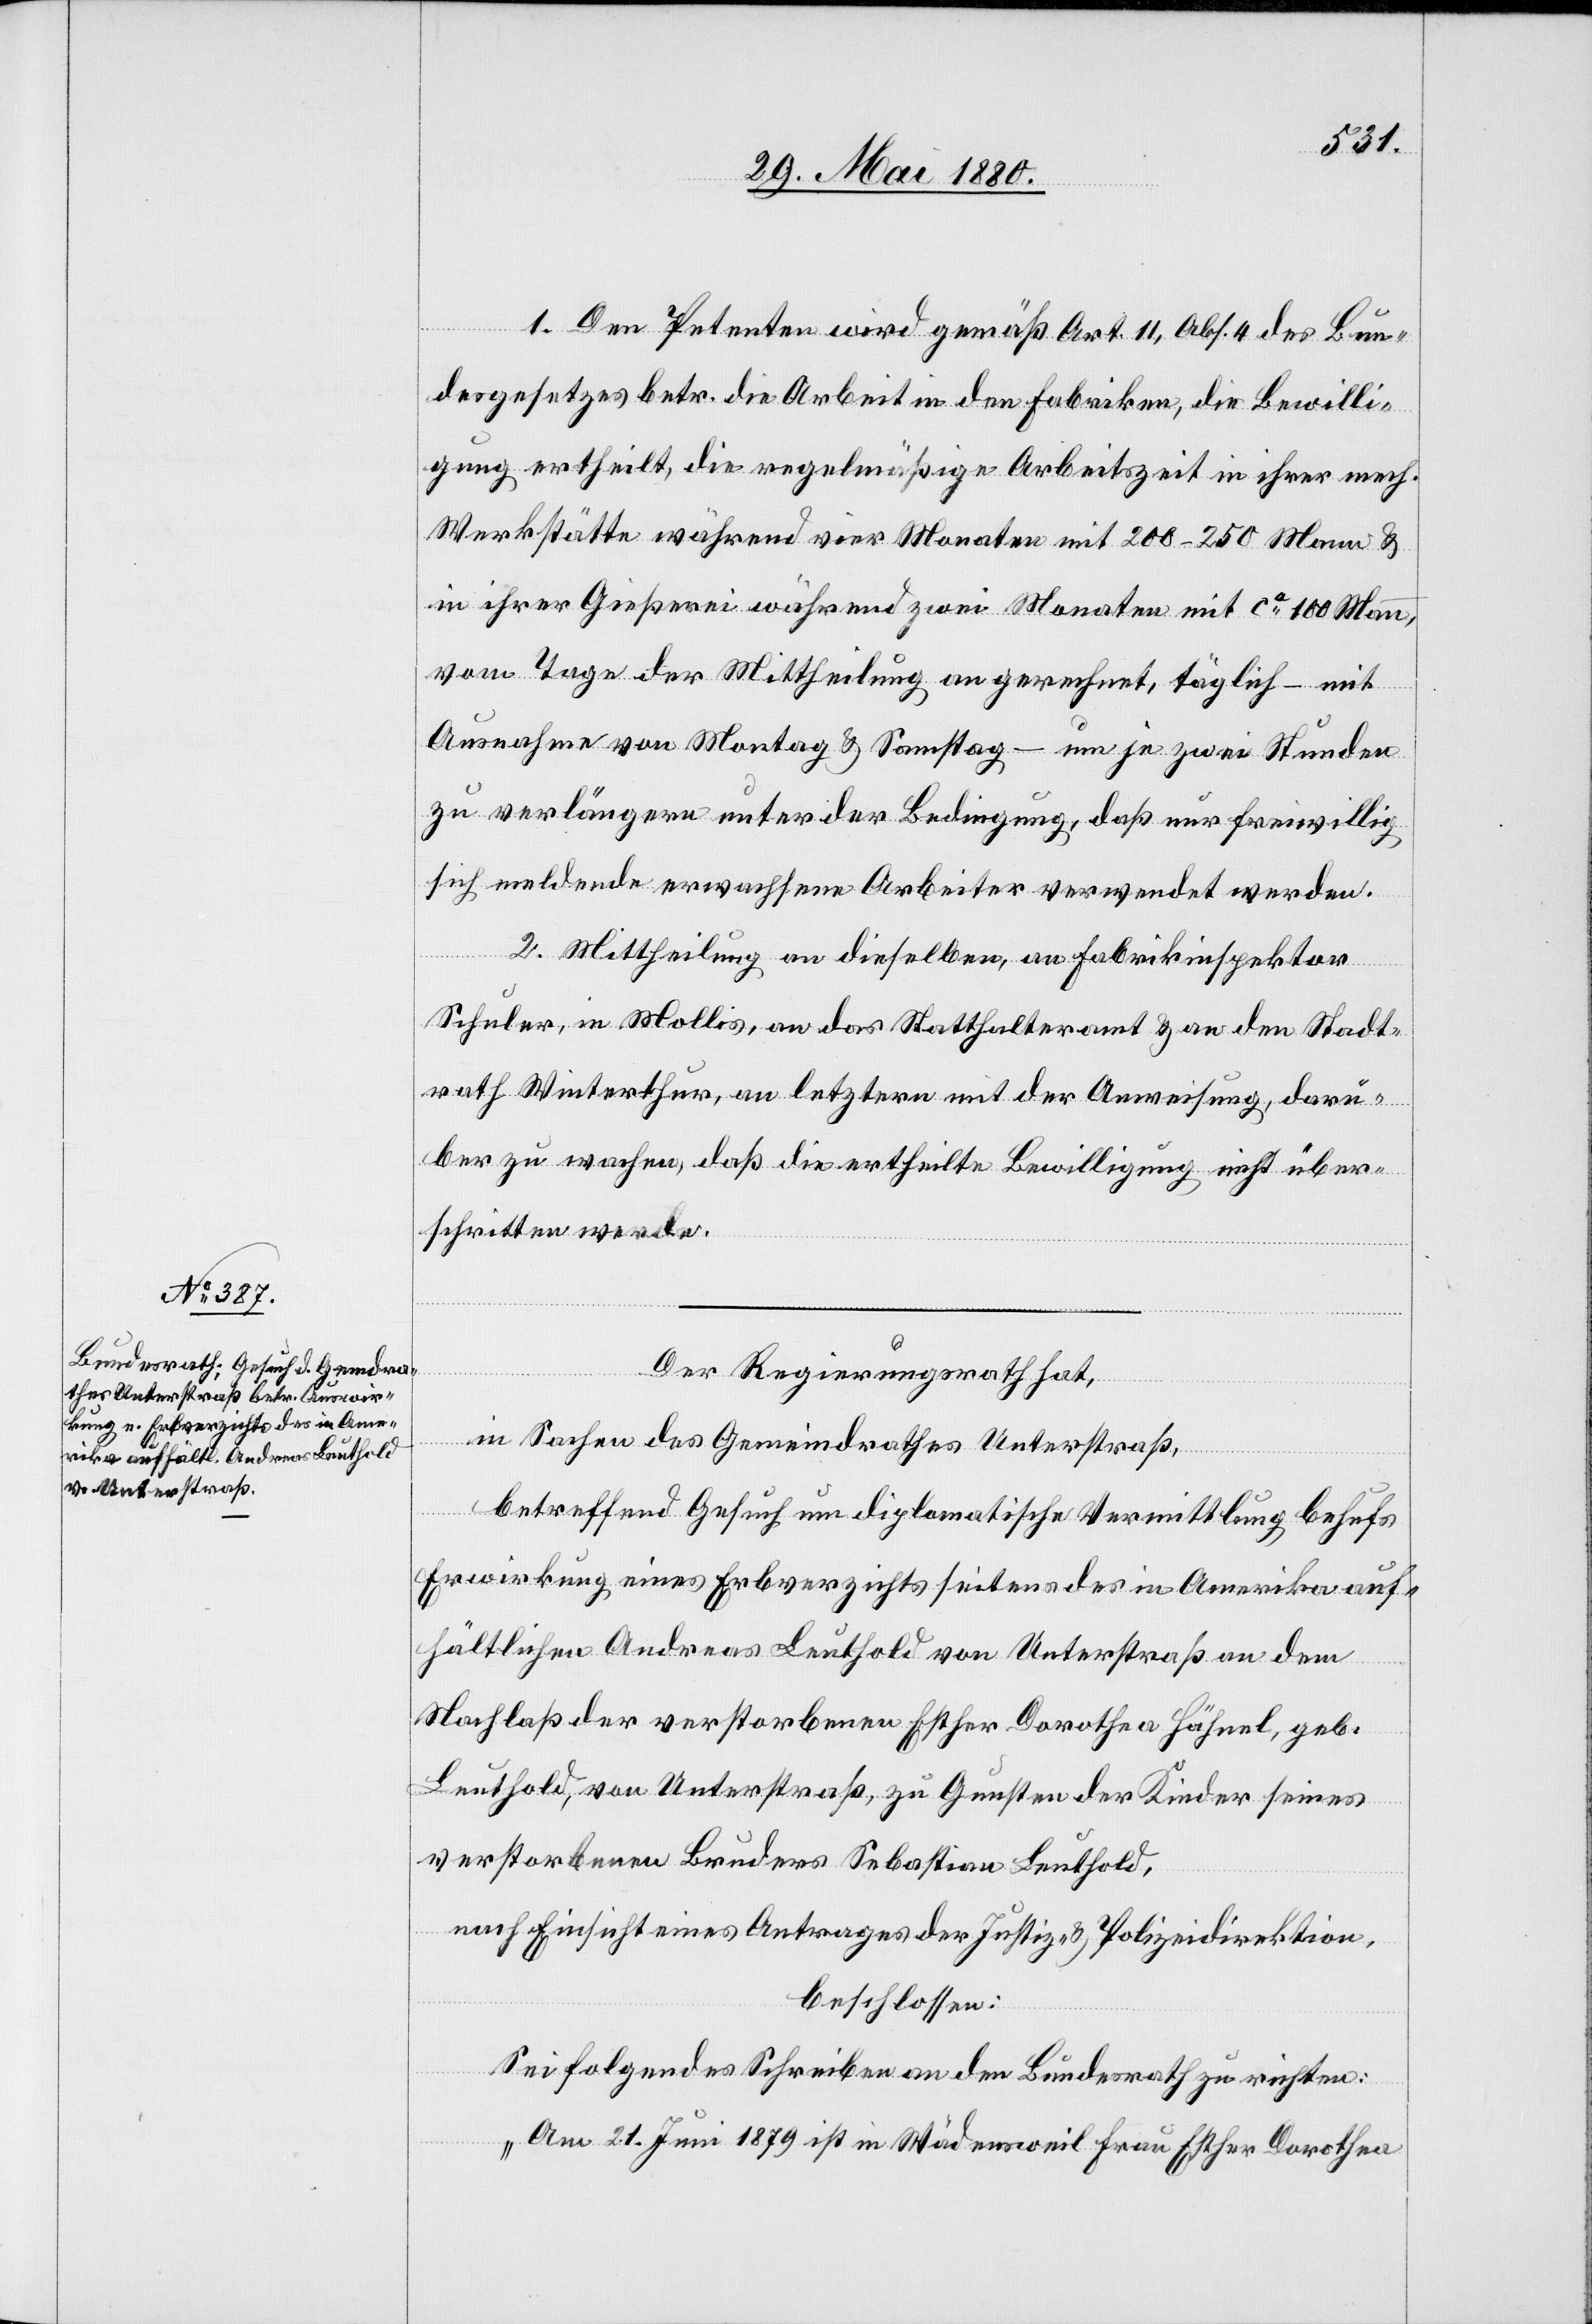
1. Den Petenten wird gemäß Art. 11, Abs. 4 des Bun¬
desgesetzes betr. die Arbeit in den Fabriken, die Bewilli¬
gung ertheilt, die regelmäßige Arbeitszeit in ihrer mech.
Werkstätte während vier Monaten mit 200–250 Mann &
in ihrer Gießerei während zwei Monaten mit ca 100 Mann,
vom Tage der Mittheilung an gerechnet, täglich – mit
Ausnahme von Montag & Samstag – um je zwei Stunden
zu verlängern unter der Bedingung, daß nur freiwillig
sich meldende erwachsene Arbeiter verwendet werden.
2. Mittheilung an dieselben, an Fabrikinspektor
Schuler, in Mollis, an das Statthalteramt & an den Stadt¬
rath Winterthur, an letztern mit der Anweisung, darü¬
ber zu wachen, daß die ertheilte Bewilligung nicht über¬
schritten werde.
Der Regierungsrath hat,
in Sachen des Gemeindrathes Unterstraß,
betreffend Gesuch um diplomatische Vermittlung behufs
Erwirkung eines Erbverzichts seitens des in Amerika auf¬
hältlichen Andreas Leuthold von Unterstraß an dem
Nachlaß der verstorbenen Esther Dorothea Hähnel, geb.
Leuthold, von Unterstraß, zu Gunsten der Kinder seines
verstorbenen Bruders Sebastian Leuthold,
nach Einsicht eines Antrages der Justiz- & Polizeidirektion,
beschlossen:
Sei folgendes Schreiben an den Bundesrath zu richten:
„Am 21. Juni 1879 ist in Wädensweil Frau Esther Dorothea